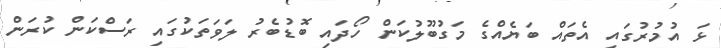
ޅަ އުމުރުގައި އެތައް ބަޔެއްގެ މަގުބޫލުކަން ހޯދައި ބޮޑުބެރު ލަވަތަކުގައި ރަސްކަން ކުރަން